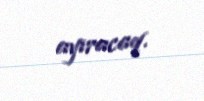
ayıracaq.